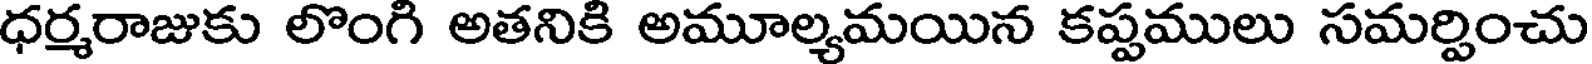
ధర్మరాజుకు లొంగి అతనికి అమూల్యమయిన కప్పములు సమర్పించు